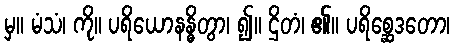
မှ။ မံသံ၊ ကို။ ပရိယောနန္ဓိတွာ၊ ၍။ ဌိတံ၊ ၏။ ပရိစ္ဆေဒတော၊